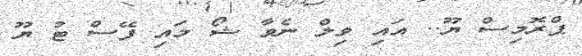
ޕްރޮމިސް ޔޫ.. އައި ވިލް ނެވާ ޝޯ މައި ފޭސް ޓު ޔޫ